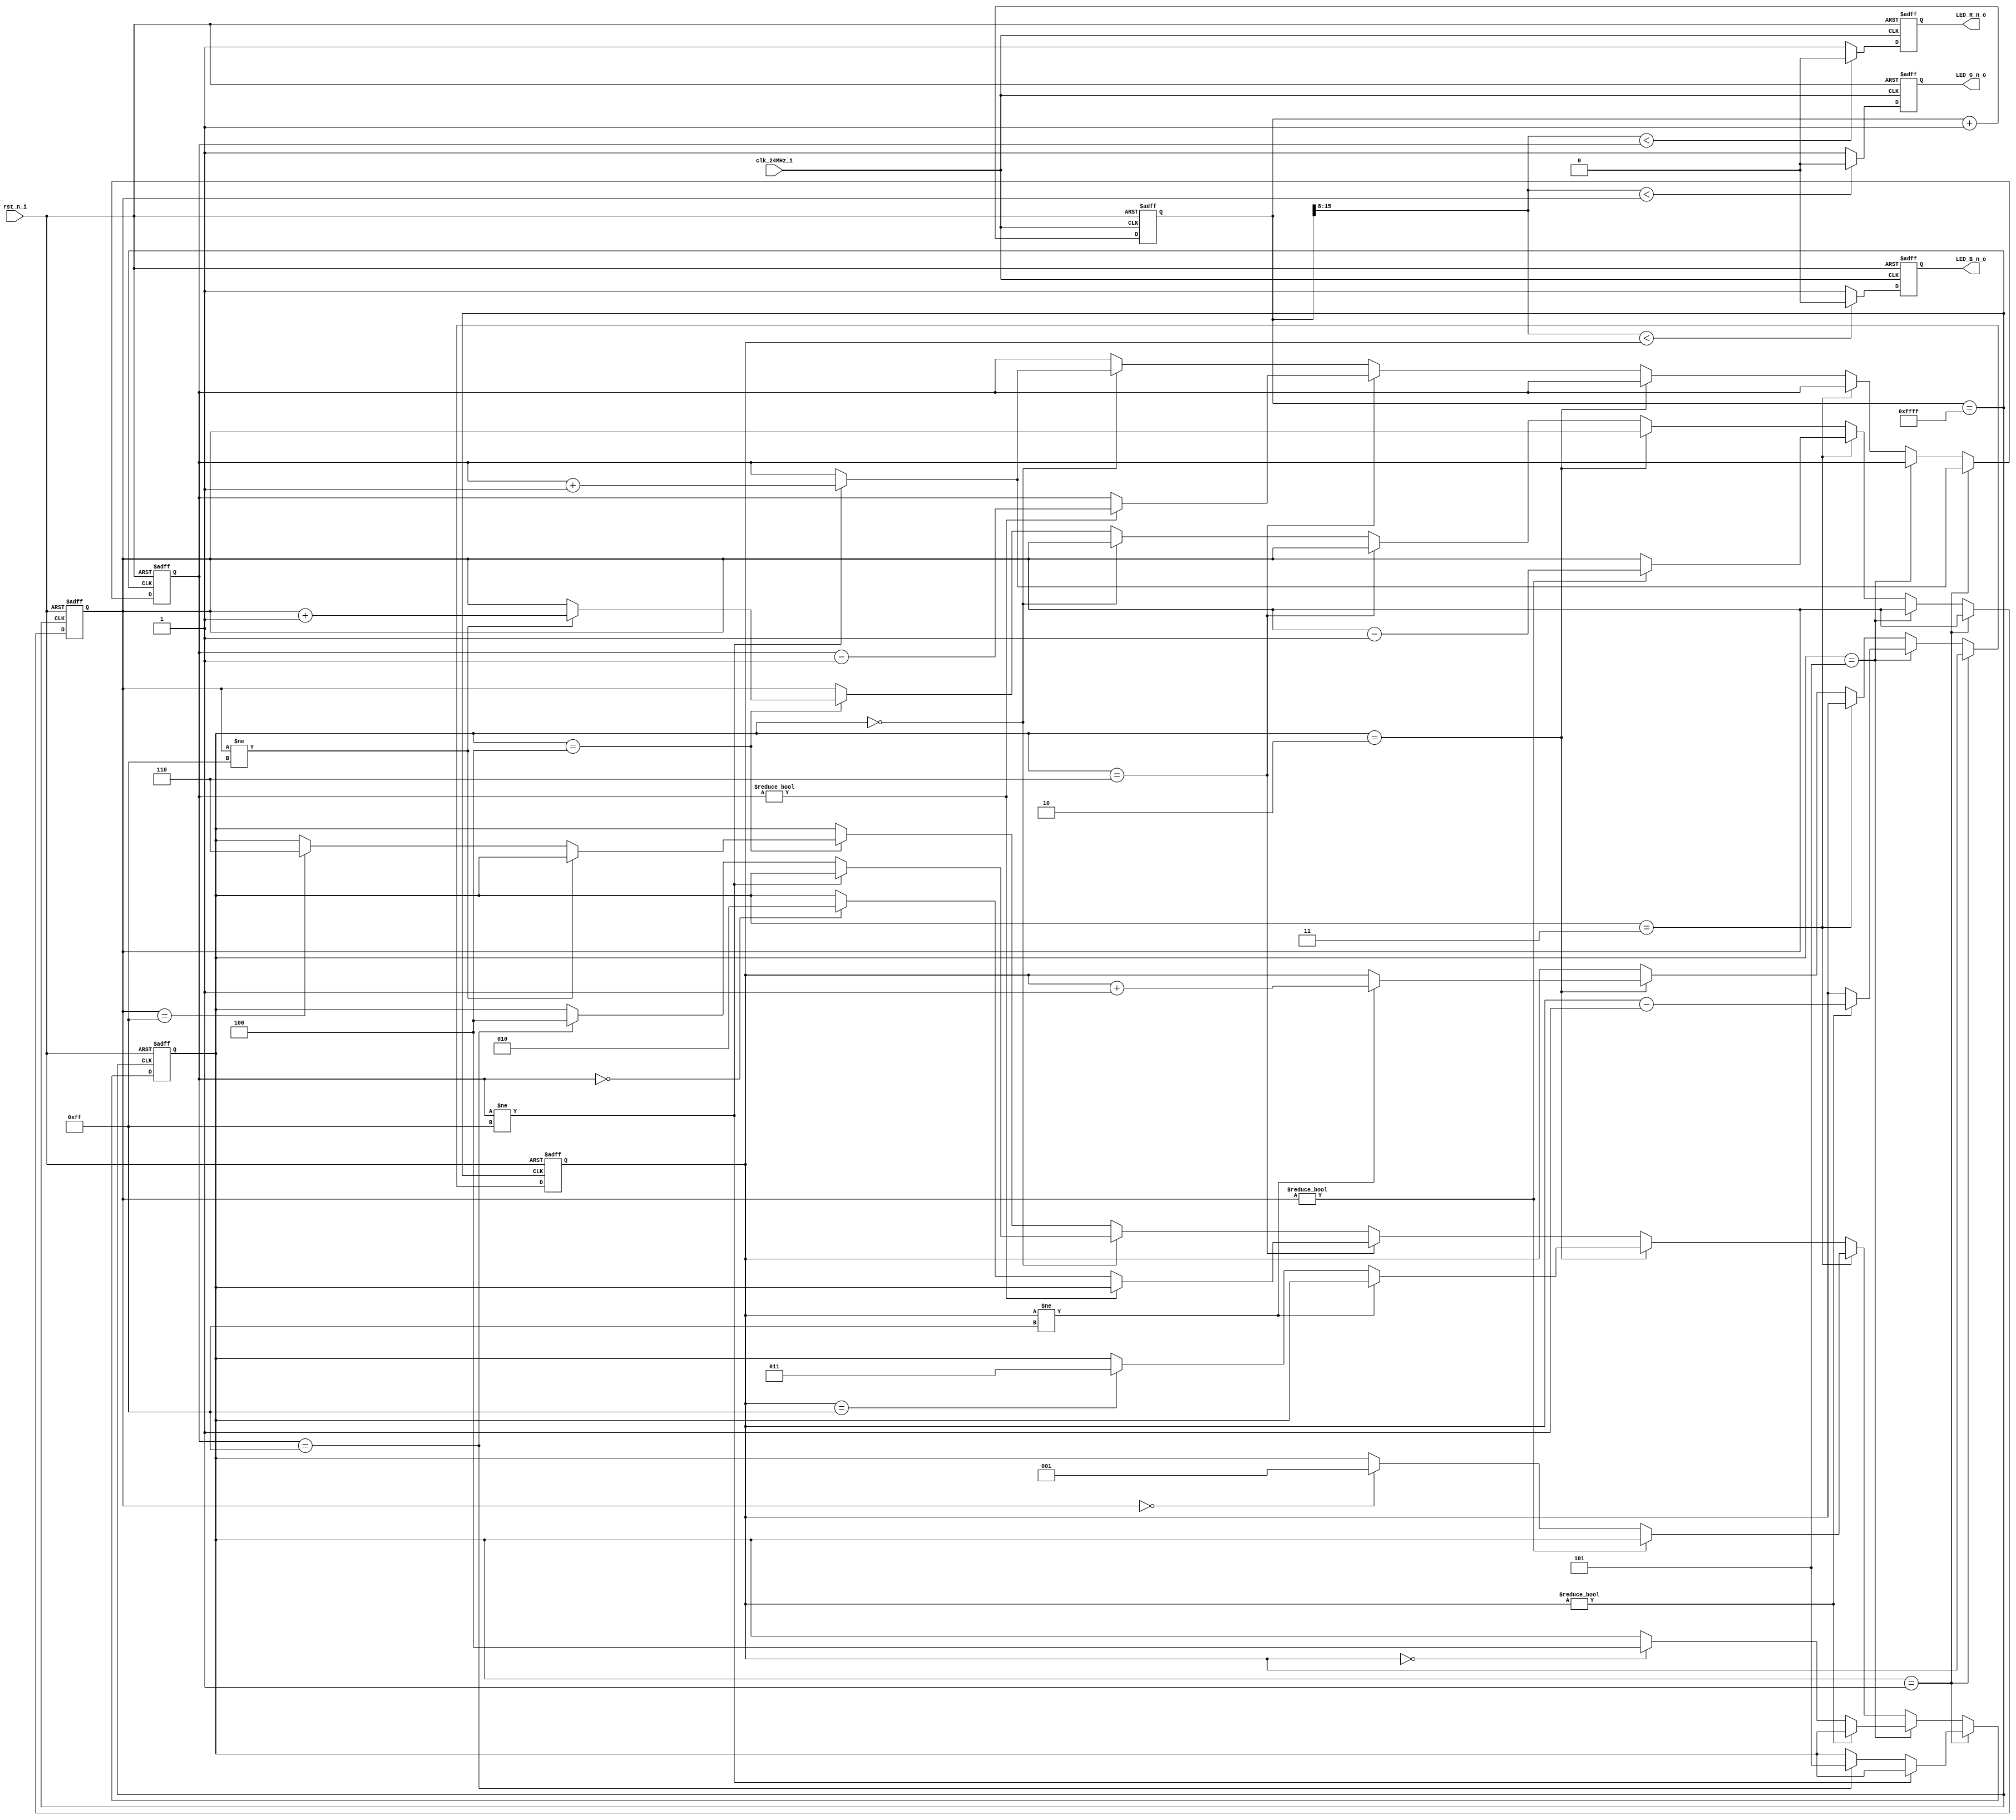

module RGB_LED (
	clk_24MHz_i ,
	rst_n_i     ,
	LED_R_n_o   ,
	LED_G_n_o   ,
	LED_B_n_o    
) ;

/*    _i  : Input            */
/*    _o  : Output           */
/*    _b  : Bidirectional    */
/*    _od : Open Drain       */
/*    _p  : Posedge          */
/*    _n  : Negedge          */

/****************************************************************/

input          clk_24MHz_i    ;
input          rst_n_i        ;

wire           clk_24MHz_i    ;
wire           rst_n_i        ;

/****************************************************************/

reg    [15:00] PWM_Counter    ;

/****/

always @ ( posedge clk_24MHz_i or negedge rst_n_i ) begin
	if ( ! rst_n_i ) begin
		PWM_Counter <= 16'h0000 ;
	end
	else begin
		PWM_Counter <= PWM_Counter + 1'b1 ;
	end
end

/****/

wire           PWM_clk_p_i    ;

assign PWM_clk_p_i = ( PWM_Counter == 16'hFFFF ) ;

/****************************************************************/

reg    [02:00] RGB_State      ;
reg    [07:00] R_PWM_Counter  ;
reg    [07:00] G_PWM_Counter  ;
reg    [07:00] B_PWM_Counter  ;

/****/

always @ ( posedge PWM_clk_p_i or negedge rst_n_i ) begin
	if ( ! rst_n_i ) begin
		RGB_State     <= 3'b000 ;
		R_PWM_Counter <= 8'h00  ;
		G_PWM_Counter <= 8'h00  ;
		B_PWM_Counter <= 8'h00  ;
	end
	else begin
		if ( RGB_State == 3'b000 ) begin
			     if ( R_PWM_Counter != 8'hFF ) begin
				RGB_State     <= RGB_State            ;
				R_PWM_Counter <= R_PWM_Counter + 1'b1 ;
				G_PWM_Counter <= G_PWM_Counter        ;
				B_PWM_Counter <= B_PWM_Counter        ;
			end
			else if ( R_PWM_Counter == 8'hFF ) begin
				RGB_State     <= 3'b100               ;
				R_PWM_Counter <= R_PWM_Counter        ;
				G_PWM_Counter <= G_PWM_Counter        ;
				B_PWM_Counter <= B_PWM_Counter        ;
			end
			else begin
				RGB_State     <= RGB_State            ;
				R_PWM_Counter <= R_PWM_Counter        ;
				G_PWM_Counter <= G_PWM_Counter        ;
				B_PWM_Counter <= B_PWM_Counter        ;
			end
		end
		else if ( RGB_State == 3'b100 ) begin
			     if ( G_PWM_Counter != 8'hFF ) begin
				RGB_State     <= RGB_State            ;
				R_PWM_Counter <= R_PWM_Counter        ;
				G_PWM_Counter <= G_PWM_Counter + 1'b1 ;
				B_PWM_Counter <= B_PWM_Counter        ;
			end
			else if ( G_PWM_Counter == 8'hFF ) begin
				RGB_State     <= 3'b110               ;
				R_PWM_Counter <= R_PWM_Counter        ;
				G_PWM_Counter <= G_PWM_Counter        ;
				B_PWM_Counter <= B_PWM_Counter        ;
			end
			else begin
				RGB_State     <= RGB_State            ;
				R_PWM_Counter <= R_PWM_Counter        ;
				G_PWM_Counter <= G_PWM_Counter        ;
				B_PWM_Counter <= B_PWM_Counter        ;
			end
		end
		if ( RGB_State == 3'b110 ) begin
			     if ( R_PWM_Counter != 8'h00 ) begin
				RGB_State     <= RGB_State            ;
				R_PWM_Counter <= R_PWM_Counter - 1'b1 ;
				G_PWM_Counter <= G_PWM_Counter        ;
				B_PWM_Counter <= B_PWM_Counter        ;
			end
			else if ( R_PWM_Counter == 8'h00 ) begin
				RGB_State     <= 3'b010               ;
				R_PWM_Counter <= R_PWM_Counter        ;
				G_PWM_Counter <= G_PWM_Counter        ;
				B_PWM_Counter <= B_PWM_Counter        ;
			end
			else begin
				RGB_State     <= RGB_State            ;
				R_PWM_Counter <= R_PWM_Counter        ;
				G_PWM_Counter <= G_PWM_Counter        ;
				B_PWM_Counter <= B_PWM_Counter        ;
			end
		end
		if ( RGB_State == 3'b010 ) begin
			     if ( B_PWM_Counter != 8'hFF ) begin
				RGB_State     <= RGB_State            ;
				R_PWM_Counter <= R_PWM_Counter        ;
				G_PWM_Counter <= G_PWM_Counter        ;
				B_PWM_Counter <= B_PWM_Counter + 1'b1 ;
			end
			else if ( B_PWM_Counter == 8'hFF ) begin
				RGB_State     <= 3'b011               ;
				R_PWM_Counter <= R_PWM_Counter        ;
				G_PWM_Counter <= G_PWM_Counter        ;
				B_PWM_Counter <= B_PWM_Counter        ;
			end
			else begin
				RGB_State     <= RGB_State            ;
				R_PWM_Counter <= R_PWM_Counter        ;
				G_PWM_Counter <= G_PWM_Counter        ;
				B_PWM_Counter <= B_PWM_Counter        ;
			end
		end
		if ( RGB_State == 3'b011 ) begin
			     if ( G_PWM_Counter != 8'h00 ) begin
				RGB_State     <= RGB_State            ;
				R_PWM_Counter <= R_PWM_Counter        ;
				G_PWM_Counter <= G_PWM_Counter - 1'b1 ;
				B_PWM_Counter <= B_PWM_Counter        ;
			end
			else if ( G_PWM_Counter == 8'h00 ) begin
				RGB_State     <= 3'b001               ;
				R_PWM_Counter <= R_PWM_Counter        ;
				G_PWM_Counter <= G_PWM_Counter        ;
				B_PWM_Counter <= B_PWM_Counter        ;
			end
			else begin
				RGB_State     <= RGB_State            ;
				R_PWM_Counter <= R_PWM_Counter        ;
				G_PWM_Counter <= G_PWM_Counter        ;
				B_PWM_Counter <= B_PWM_Counter        ;
			end
		end
		if ( RGB_State == 3'b001 ) begin
			     if ( R_PWM_Counter != 8'hFF ) begin
				RGB_State     <= RGB_State            ;
				R_PWM_Counter <= R_PWM_Counter + 1'b1 ;
				G_PWM_Counter <= G_PWM_Counter        ;
				B_PWM_Counter <= B_PWM_Counter        ;
			end
			else if ( R_PWM_Counter == 8'hFF ) begin
				RGB_State     <= 3'b101               ;
				R_PWM_Counter <= R_PWM_Counter        ;
				G_PWM_Counter <= G_PWM_Counter        ;
				B_PWM_Counter <= B_PWM_Counter        ;
			end
			else begin
				RGB_State     <= RGB_State            ;
				R_PWM_Counter <= R_PWM_Counter        ;
				G_PWM_Counter <= G_PWM_Counter        ;
				B_PWM_Counter <= B_PWM_Counter        ;
			end
		end
		else if ( RGB_State == 3'b101 ) begin
			     if ( B_PWM_Counter != 8'h00 ) begin
				RGB_State     <= RGB_State            ;
				R_PWM_Counter <= R_PWM_Counter        ;
				G_PWM_Counter <= G_PWM_Counter        ;
				B_PWM_Counter <= B_PWM_Counter - 1'b1 ;
			end
			else if ( B_PWM_Counter == 8'h00 ) begin
				RGB_State     <= 3'b100               ;
				R_PWM_Counter <= R_PWM_Counter        ;
				G_PWM_Counter <= G_PWM_Counter        ;
				B_PWM_Counter <= B_PWM_Counter        ;
			end
			else begin
				RGB_State     <= RGB_State            ;
				R_PWM_Counter <= R_PWM_Counter        ;
				G_PWM_Counter <= G_PWM_Counter        ;
				B_PWM_Counter <= B_PWM_Counter        ;
			end
		end
	end
end

/****************************************************************/

reg            LED_R          ;
reg            LED_G          ;
reg            LED_B          ;
wire           LED_R_i        ;
wire           LED_G_i        ;
wire           LED_B_i        ;

/****/

assign LED_R_i = ( PWM_Counter [15:08] < R_PWM_Counter ) ? ( 1'b0 ) : ( 1'b1 ) ;
assign LED_G_i = ( PWM_Counter [15:08] < G_PWM_Counter ) ? ( 1'b0 ) : ( 1'b1 ) ;
assign LED_B_i = ( PWM_Counter [15:08] < B_PWM_Counter ) ? ( 1'b0 ) : ( 1'b1 ) ;

/****/

always @ ( posedge clk_24MHz_i or negedge rst_n_i ) begin
	if ( ! rst_n_i ) begin
		LED_R <= 'b0 ;
		LED_G <= 'b0 ;
		LED_B <= 'b0 ;
	end
	else begin
		LED_R <= LED_R_i ;
		LED_G <= LED_G_i ;
		LED_B <= LED_B_i ;
	end
end

/****/

output         LED_R_n_o      ;
output         LED_G_n_o      ;
output         LED_B_n_o      ;

wire           LED_R_n_o      ;
wire           LED_G_n_o      ;
wire           LED_B_n_o      ;

assign LED_R_n_o = LED_R ;
assign LED_G_n_o = LED_G ;
assign LED_B_n_o = LED_B ;

/****************************************************************/

endmodule